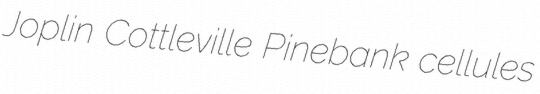
Joplin Cottleville Pinebank cellules